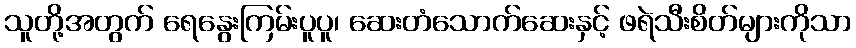
သူတို့အတွက် ရေနွေးကြမ်းပူပူ၊ ဆေးတံသောက်ဆေးနှင့် ဖရဲသီးစိတ်များကိုသာ